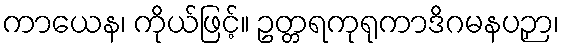
ကာယေန၊ ကိုယ်ဖြင့်။ ဥတ္တရကုရုကာဒိဂမနပဉှာ၊